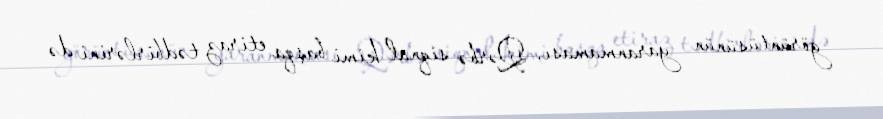
görüntüsünün yaranmaması, Qərbə siqnal kimi başqa etiraz tədbirlərini də